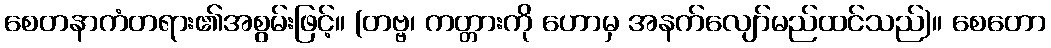
စေတနာကံတရား၏အစွမ်းဖြင့်။ (တဗ္ဗ၊ ကတ္တားကို ဟောမှ အနက်လျော်မည်ထင်သည်)။ စေတော